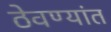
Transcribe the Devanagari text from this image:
ठेवण्यांत